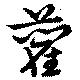
藺